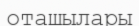
оташылары